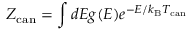
Z _ { \mathrm { c a n } } = \int d E g ( E ) e ^ { - E / k _ { \mathrm { B } } T _ { \mathrm { c a n } } }